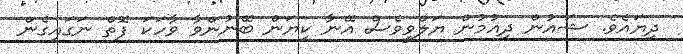
ދިޔައެވެ. ޝައުން ދިއުމުން ޔަލްވީވެސް އޭނާ ކިޔަން ބޭނުންވާ ވާހަކަ ފޮތް ނަގައިގެން